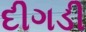
દીગડી